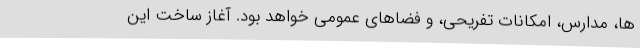
ها، مدارس، امکانات تفریحی، و فضاهای عمومی خواهد بود. آغاز ساخت این